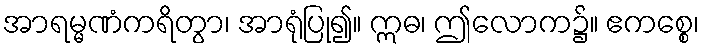
အာရမ္မဏံကရိတွာ၊ အာရုံပြု၍။ ဣဓ၊ ဤလောက၌။ ဧကစ္စေ၊